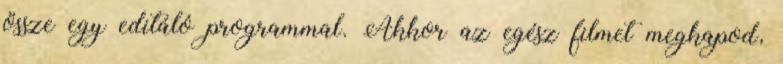
össze egy editáló programmal. Akkor az egész filmet megkapod,